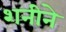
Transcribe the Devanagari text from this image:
शनीने